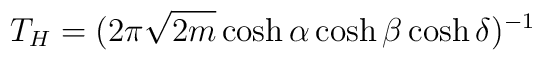
T_H = (2\pi\sqrt{2m} \cosh\alpha \cosh\beta \cosh\delta)^{-1}